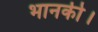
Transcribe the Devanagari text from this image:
भानकी।